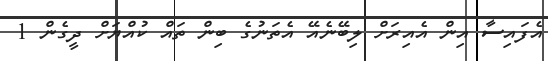
އެފައިސާ އިން އެއިރަށް ލިބޭނެއޭ އެތަނުގެ ބިން ތަައް ކުއްޔަށް ދީގެން 1